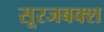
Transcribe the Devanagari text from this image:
सूरजबक्श